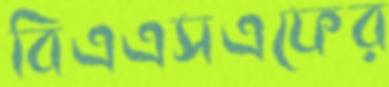
বিএএসএফের